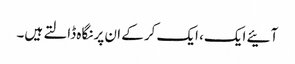
آئیے ایک، ایک کرکے ان پر نگاہ ڈالتے ہیں۔